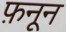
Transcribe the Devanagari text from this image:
फ़नून